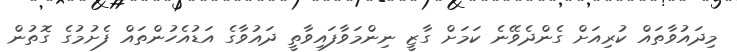
މިދައުވާތައް ކުރިއަށް ގެންދެވޭނެ ކަމަށް ގާޒީ ނިންމަވާފައިވާތީ ދައުވާގެ އަޑުއެހުންތައް ފެށުމުގެ ގޮތުން